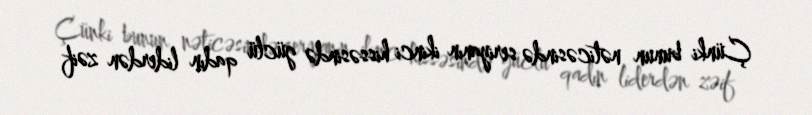
Çünki bunun nəticəsində seriyanın ikinci hissəsində güclü qadın liderdən zəif